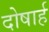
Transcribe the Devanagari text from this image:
दोषार्ह